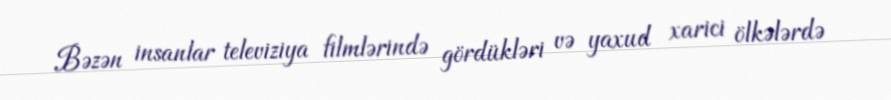
Bəzən insanlar televiziya filmlərində gördükləri və yaxud xarici ölkələrdə